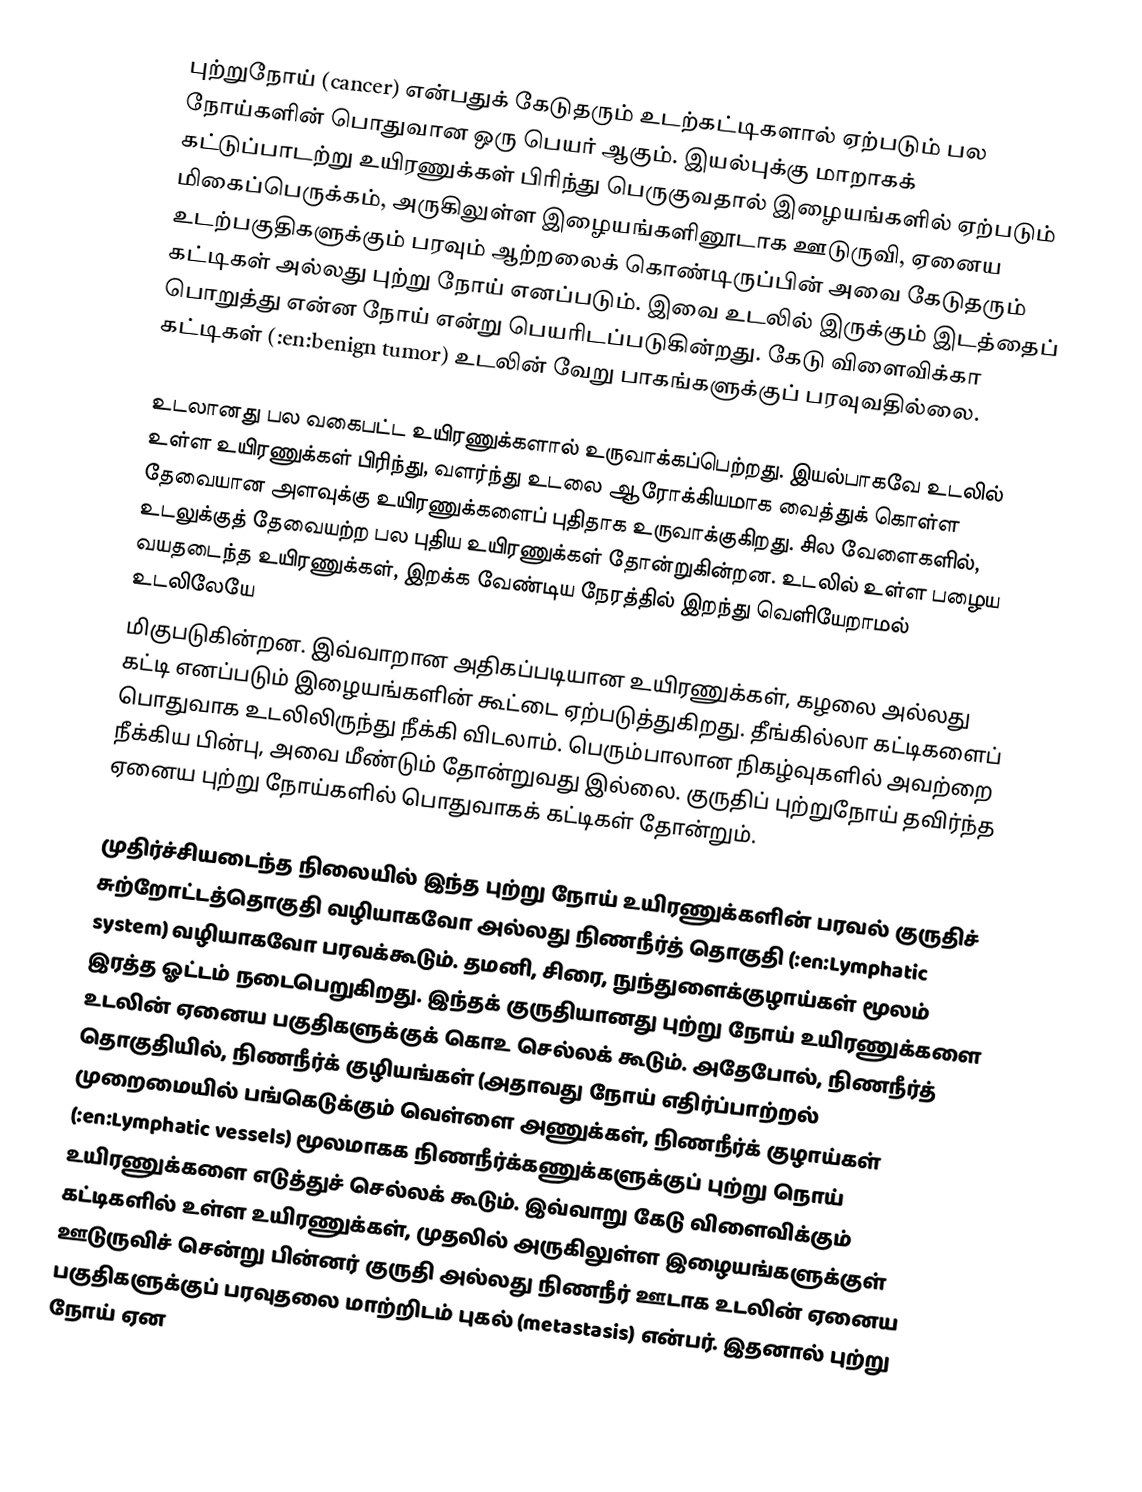
புற்றுநோய் (cancer) என்பதுக் கேடுதரும் உடற்கட்டிகளால் ஏற்படும் பல நோய்களின் பொதுவான ஒரு பெயர் ஆகும். இயல்புக்கு மாறாகக் கட்டுப்பாடற்று உயிரணுக்கள் பிரிந்து பெருகுவதால் இழையங்களில் ஏற்படும் மிகைப்பெருக்கம், அருகிலுள்ள இழையங்களினூடாக ஊடுருவி, ஏனைய உடற்பகுதிகளுக்கும் பரவும் ஆற்றலைக் கொண்டிருப்பின் அவை கேடுதரும் கட்டிகள் அல்லது புற்று நோய் எனப்படும். இவை உடலில் இருக்கும் இடத்தைப் பொறுத்து என்ன நோய் என்று பெயரிடப்படுகின்றது. கேடு விளைவிக்கா கட்டிகள் (:en:benign tumor) உடலின் வேறு பாகங்களுக்குப் பரவுவதில்லை.

உடலானது பல வகைபட்ட உயிரணுக்களால் உருவாக்கப்பெற்றது. இயல்பாகவே உடலில் உள்ள உயிரணுக்கள் பிரிந்து, வளர்ந்து உடலை ஆரோக்கியமாக வைத்துக் கொள்ள தேவையான அளவுக்கு உயிரணுக்களைப் புதிதாக உருவாக்குகிறது. சில வேளைகளில், உடலுக்குத் தேவையற்ற பல புதிய உயிரணுக்கள் தோன்றுகின்றன. உடலில் உள்ள பழைய வயதடைந்த உயிரணுக்கள், இறக்க வேண்டிய நேரத்தில் இறந்து வெளியேறாமல் உடலிலேயே
மிகுபடுகின்றன. இவ்வாறான அதிகப்படியான உயிரணுக்கள், கழலை அல்லது கட்டி எனப்படும் இழையங்களின் கூட்டை ஏற்படுத்துகிறது. தீங்கில்லா கட்டிகளைப் பொதுவாக உடலிலிருந்து நீக்கி விடலாம். பெரும்பாலான நிகழ்வுகளில் அவற்றை நீக்கிய பின்பு, அவை மீண்டும் தோன்றுவது இல்லை. குருதிப் புற்றுநோய் தவிர்ந்த ஏனைய புற்று நோய்களில் பொதுவாகக் கட்டிகள் தோன்றும்.

முதிர்ச்சியடைந்த நிலையில் இந்த புற்று நோய் உயிரணுக்களின் பரவல் குருதிச் சுற்றோட்டத்தொகுதி வழியாகவோ அல்லது நிணநீர்த் தொகுதி (:en:Lymphatic system) வழியாகவோ பரவக்கூடும். தமனி, சிரை, நுந்துளைக்குழாய்கள் மூலம் இரத்த ஓட்டம் நடைபெறுகிறது. இந்தக் குருதியானது புற்று நோய் உயிரணுக்களை உடலின் ஏனைய பகுதிகளுக்குக் கொஉ செல்லக் கூடும். அதேபோல், நிணநீர்த் தொகுதியில், நிணநீர்க் குழியங்கள் (அதாவது நோய் எதிர்ப்பாற்றல் முறைமையில் பங்கெடுக்கும் வெள்ளை அணுக்கள், நிணநீர்க் குழாய்கள் (:en:Lymphatic vessels) மூலமாகக நிணநீர்க்கணுக்களுக்குப் புற்று நொய் உயிரணுக்களை எடுத்துச் செல்லக் கூடும். இவ்வாறு கேடு விளைவிக்கும் கட்டிகளில் உள்ள உயிரணுக்கள், முதலில் அருகிலுள்ள இழையங்களுக்குள் ஊடுருவிச் சென்று பின்னர் குருதி அல்லது நிணநீர் ஊடாக உடலின் ஏனைய பகுதிகளுக்குப் பரவுதலை மாற்றிடம் புகல் (metastasis) என்பர். இதனால் புற்று நோய் ஏன